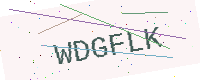
Text: WDGFLK